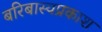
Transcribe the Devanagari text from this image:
बरिबास्यप्रकाश